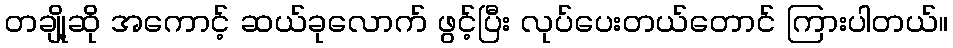
တချို့ဆို အကောင့် ဆယ်ခုလောက် ဖွင့်ပြီး လုပ်ပေးတယ်တောင် ကြားပါတယ်။